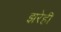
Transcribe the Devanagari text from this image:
झरेही